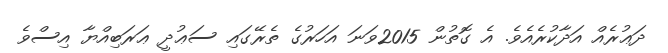
ދަޢުރެއް އަދާކުރެއެވެ. އެ ގޮތުން 2015ވަނަ އަހަރުގެ ތެރޭގައި ސަޢުދީ ޢަރަބިއްޔާ އިސްވެ